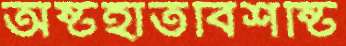
অষ্টহাতবিশষ্টি